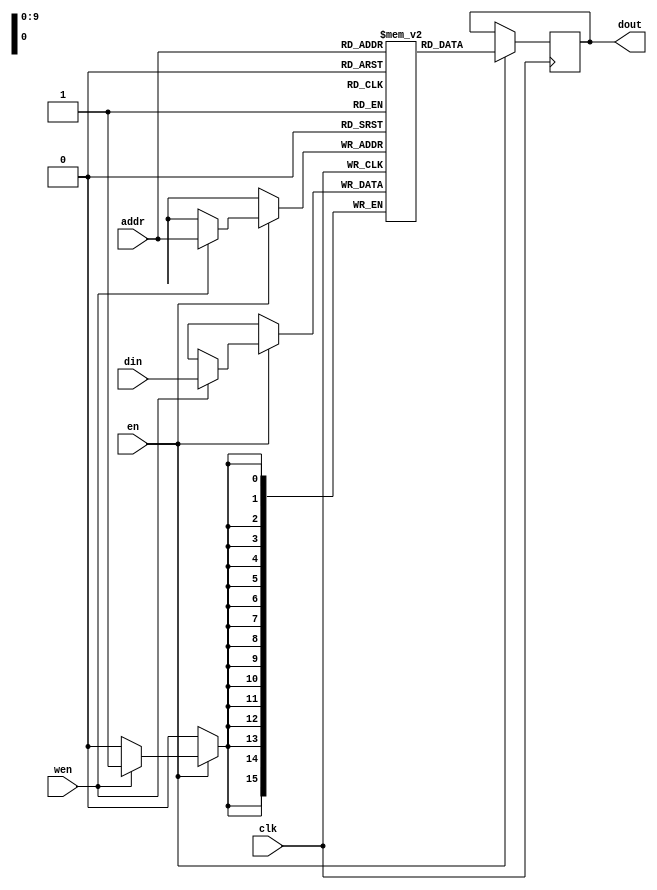
module rams_sp_rf # (
    parameter RAM_ADDR_WIDTH = 10,
    parameter RAM_DATA_WIDTH = 16
)
(
    input clk, 
    input en,
    input wen, 
    input [RAM_ADDR_WIDTH -1 : 0] addr, 
    input [RAM_DATA_WIDTH - 1 : 0] din, 
    output reg [RAM_DATA_WIDTH - 1 : 0] dout
);
    parameter RAM_DIPTH = 2 ** RAM_ADDR_WIDTH;

    reg [RAM_DATA_WIDTH - 1 : 0] ram [RAM_DIPTH - 1 : 0];
    
    always @(posedge clk) begin
        if (en) begin//optional enable
            if (wen) //write enable
                ram[addr] <= din;
            dout <= ram[addr];
        end
    end
endmodule